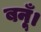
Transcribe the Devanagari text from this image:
बनूँ।